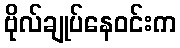
ဗိုလ်ချုပ်နေဝင်းက